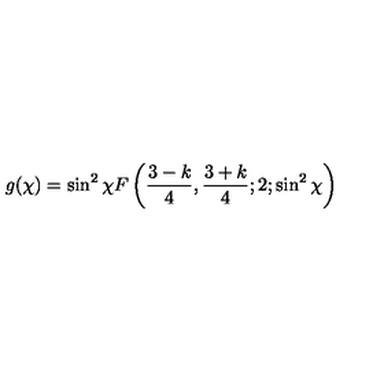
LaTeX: g ( \chi ) = \sin ^ { 2 } { \chi } F \left( \frac { 3 - k } { 4 } , \frac { 3 + k } { 4 } ; 2 ; \sin ^ { 2 } { \chi } \right)